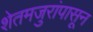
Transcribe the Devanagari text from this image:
शेतमजुरांपासून